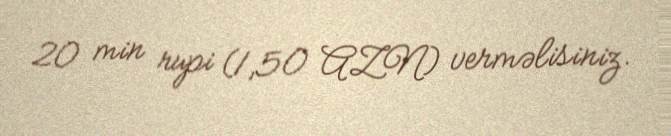
20 min rupi (1,50 AZN) verməlisiniz.